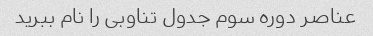
عناصر دوره سوم جدول تناوبی را نام ببرید